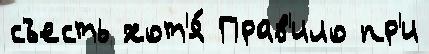
съесть хот'я́ Прав'ило пр'и